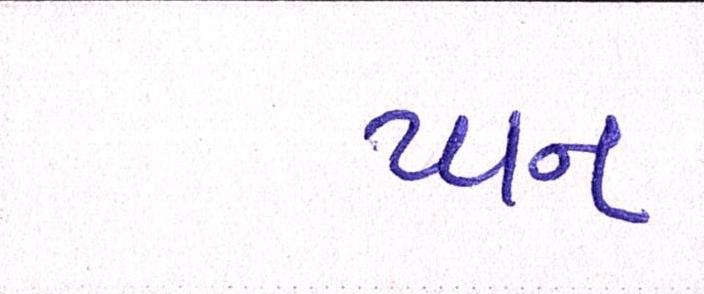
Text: પાન